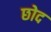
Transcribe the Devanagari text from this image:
छोद